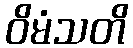
ဝိမံသတိ